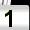
Digit: 1